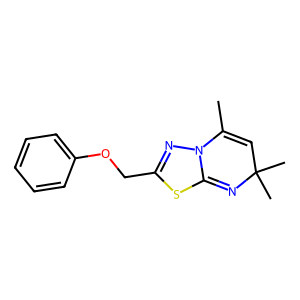
SMILES: CC1=CC(C)(C)N=C2SC(COc3ccccc3)=NN12
Inhibits HIV replication: No